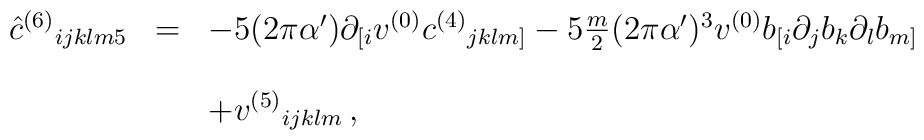
\begin{array}{rcl}{\hat c}^{(6)}{}_{ijklm5} & = &-5(2\pi\alpha^\prime) \partial_{[i}v^{(0)}c^{(4)}{}_{jklm]}-5{\textstyle\frac{m}{2}}(2\pi\alpha^\prime)^{3}v^{(0)} b_{[i}\partial_j b_k\partial_l b_{m]}\\& & \\& & +v^{(5)}{}_{ijklm}\, ,\\\end{array}